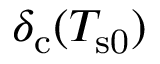
\delta _ { \mathrm { c } } ( T _ { \mathrm { s 0 } } )